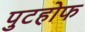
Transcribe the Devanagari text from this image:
पुटहोफ